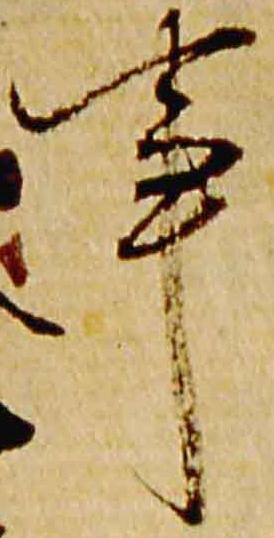
事